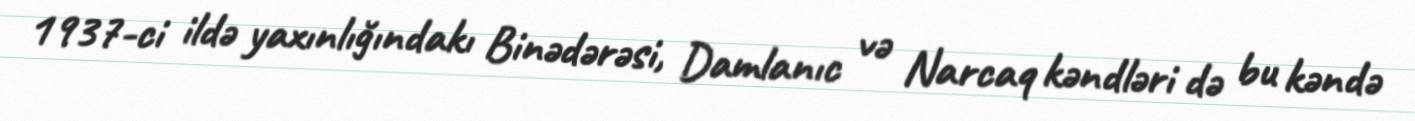
1937-ci ildə yaxınlığındakı Binədərəsi, Damlanıc və Narcaq kəndləri də bu kəndə